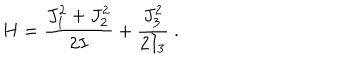
H = \frac { J _ { 1 } ^ { 2 } + J _ { 2 } ^ { 2 } } { 2 I } + \frac { J _ { 3 } ^ { 2 } } { 2 I _ { 3 } } ~ .